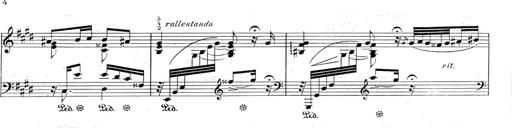
Title: Le rossignol
Composer: Franz Liszt